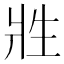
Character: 𰠑